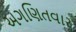
અગણિતવાર